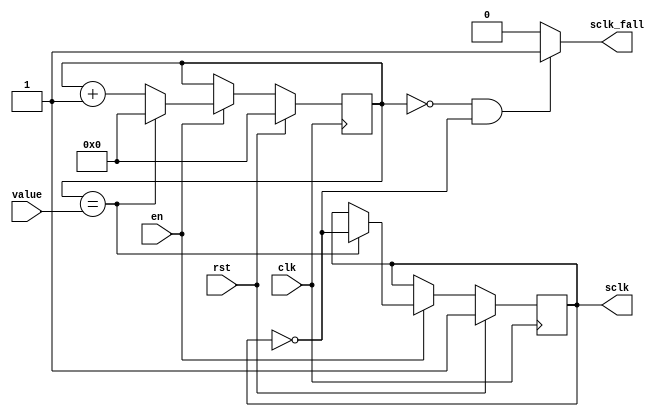
module SDDivider(
input clk,
input rst,
input en,
input [7:0] value,
output reg sclk,
output sclk_fall
);

reg [7:0] cpt;

always @(posedge clk) begin
  if (rst == 1'b1) begin
    sclk <= 1'b1;
    cpt <=0;
  end
  else begin 
    if (en == 1'b1) begin
      if (cpt == value ) begin
        sclk <= ~sclk;
        cpt <= 0;
      end
      else begin
        cpt <= cpt + 1;
      end
    end
  end
end

assign sclk_fall = ((cpt == 8'h00) && sclk==1'b0) ? 1'b1: 1'b0;


endmodule